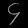
Digit: ၄